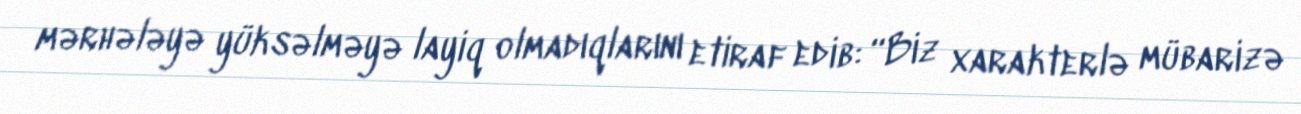
mərhələyə yüksəlməyə layiq olmadıqlarını etiraf edib: “Biz xarakterlə mübarizə